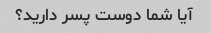
آیا شما دوست پسر دارید؟